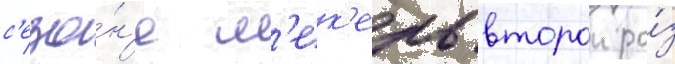
с'езо́н'е м'ек'ель второи ра́з